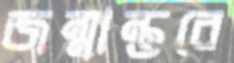
জন্মান্তরে